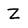
Character: Z